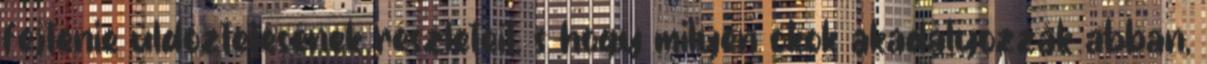
fejtenie üldöztetésének részleteit, s hogy milyen okok akadályozzák abban,